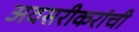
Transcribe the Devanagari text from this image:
अवसरीकरांची